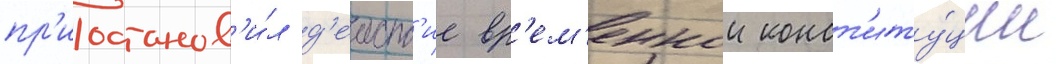
пр'иостанов'и́л д'еиств'ие вр'ем'еннои конст'иту́ции